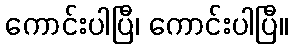
ကောင်းပါပြီ၊ ကောင်းပါပြီ။